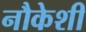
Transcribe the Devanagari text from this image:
नौकेशी